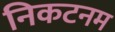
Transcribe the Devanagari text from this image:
निकटनम